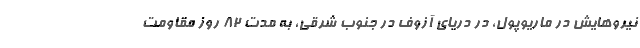
نیروهایش در ماریوپول، در دریای آزوف در جنوب شرقی، به مدت 82 روز مقاومت